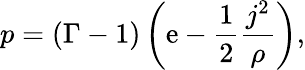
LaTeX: p=(\Gamma-1)\left(\mathrm{e}-\frac{{1}}{{2}}\frac{{j^{2}}}{{\rho}}\right),